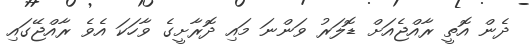
ދެން އޮތީ ރާއްޖެއަށް ޑޮލަރު ވަންނަ މައި ދޮރާށީގެ ވާހަކަ އެވެ ރާއްޖޭގައި